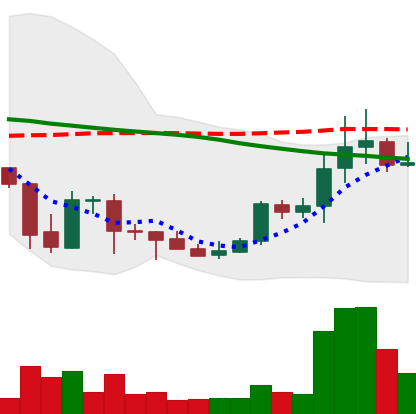
Ticker: DOGE-USD
Chart end date: 2021-10-08
Forward return: -4.625%
Label: down_3_5